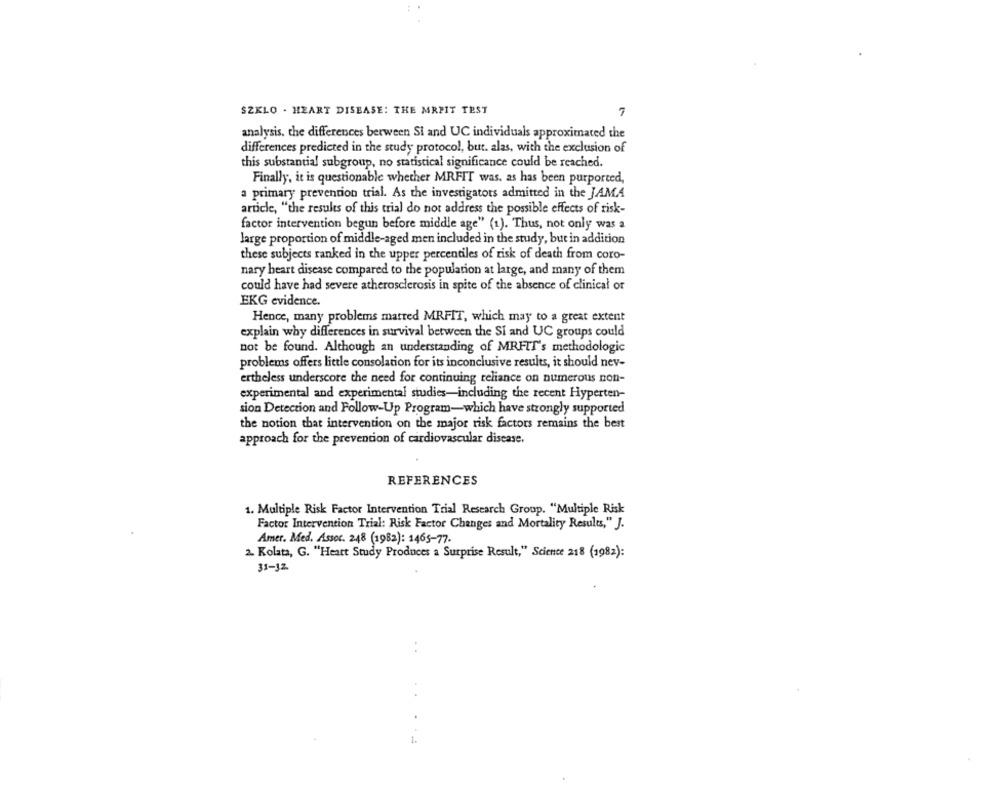
SZKLO - HEART DISEASE: THE MRPIT TEST
-
analysis. the differences between Si and UC individuals approximated the
differences predicted in the study protocol, but. alas, with the exclusion of
this substantial subgroup, no statistical significance could be reached.
Finally, it is questionable whether MRFIT was, as has been purported,
a primary prevention trial. As the investigators admitted in the JAMA
article, "the results of this trial do not address the possible effects of risk-
factor intervention begun before middle age" (1). Thus, not only was a
large proportion of middle-aged men included in the study, but in addition
these subjects ranked in the upper percentiles of risk of death from coro-
nary heart disease compared to the population at large, and many of them
could have had severe atherosclerosis in spite of the absence of clinical or
EKG evidence.
Hence, many problems matted MRFIT, which may to a great extent
explain why differences in survival between the Si and UC groups could
not be found. Although an understanding of MRFIT's methodologic
problems offers little consolation for its inconclusive results, it should nev-
ertheless underscore the need for continuing reliance on numerous non-
experimental and experimental studies-including the recent Hyperten-
sion Detection and Follow-Up Program-which have strongly supported
the notion that intervention on the major risk factors remains the best
approach for the prevention of cardiovascular disease.
REFERENCES
1. Multiple Risk Factor Intervention Trial Research Group. "Multiple Risk
Factor Intervention Trial: Risk Factor Changes and Mortality Results," J.
Amer. Med. Assoc. 248 (1982): 1465-77.
2. Kolata, G. "Heart Study Produces a Surprise Result," Science 218 (1982):
31-12